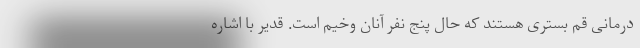
درمانی قم بستری هستند که حال پنج نفر آنان وخیم است. قدیر با اشاره